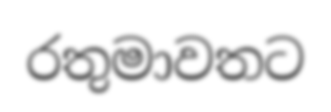
රතුමාවතට